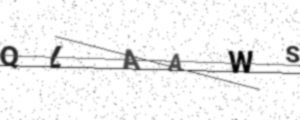
Text: QLAAWS